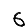
Digit: 6